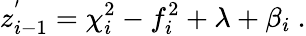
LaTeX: z_{i-1}^{'}=\chi_{i}^{2}-f_{i}^{2}+\lambda+\beta_{i}~.